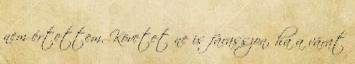
nem értettem. Követet ne is fárasszon, ha a várat